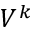
V ^ { k }